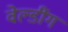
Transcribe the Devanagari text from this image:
वेल्डींग